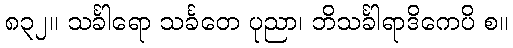
၈၃၂။ သင်္ခါရော သင်္ခတေ ပုညာ၊ ဘိသင်္ခါရာဒိကေပိ စ။